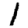
Digit: 1